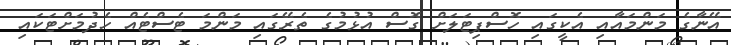
އޭނާގެ މަންމައާއި އެކީގައި ހޮސްޕިޓަލަށް ގޮސް އުޅުމުގެ ތެރޭގައި މަންމަ ޓެސްޓެއް ހެދުމަށްޓަކައި